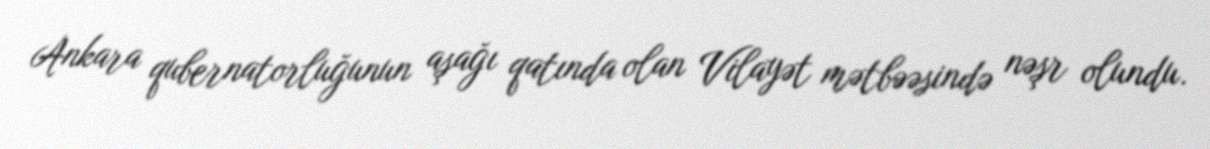
Ankara qubernatorluğunun aşağı qatında olan Vilayət mətbəəsində nəşr olundu.